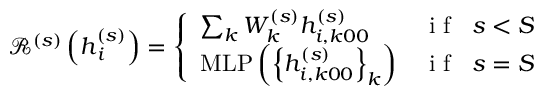
\mathcal { R } ^ { ( s ) } \left( \boldsymbol { h } _ { i } ^ { ( s ) } \right) = \left\{ \begin{array} { l l } { \sum _ { k } W _ { k } ^ { ( s ) } h _ { i , k 0 0 } ^ { ( s ) } } & { \mathrm { ~ i ~ f ~ } \; \; s < S } \\ { \mathrm { M L P } \left( \left\{ h _ { i , k 0 0 } ^ { ( s ) } \right\} _ { k } \right) } & { \mathrm { ~ i ~ f ~ } \; \; s = S } \end{array} \right.